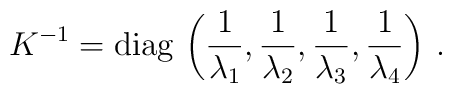
K^{-1} = {\rm diag}\, \left( {1 \over \lambda_1},     {1 \over \lambda_2},  {1 \over \lambda_3},  {1 \over \lambda_4}      \right)  \, .